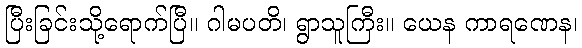
ပြီးခြင်းသို့ရောက်ပြီ။ ဂါမပတိ၊ ရွာသူကြီး။ ယေန ကာရဏေန၊